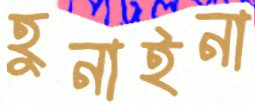
হুনাইনা